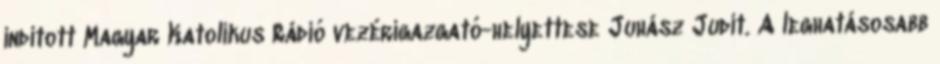
indított Magyar Katolikus Rádió vezérigazgató-helyettese Juhász Judit. A leghatásosabb